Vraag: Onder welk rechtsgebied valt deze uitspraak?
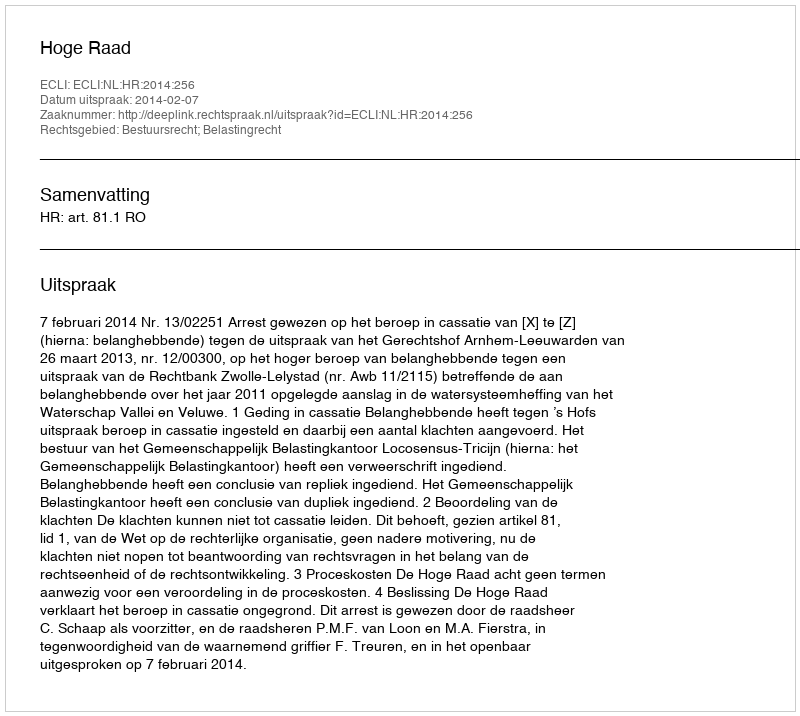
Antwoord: Bestuursrecht; Belastingrecht